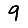
Digit: 9